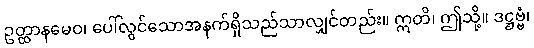
ဥတ္ထာနမေဝ၊ ပေါ်လွင်သောအနက်ရှိသည်သာလျှင်တည်း။ ဣတိ၊ ဤသို့။ ဒဋ္ဌဗ္ဗံ၊